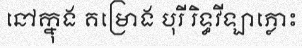
នៅក្នុង គម្រោង បុរី រិទ្ធវីឡាភ្លោះ